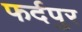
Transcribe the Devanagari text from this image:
फर्दपुर